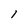
Character: l